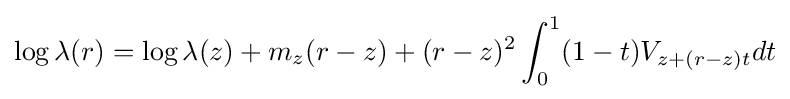
\log \lambda (r)=\log \lambda (z)+m_{z}(r-z)+(r-z)^{2}\int _{0}^{1}(1-t)V_{z+(r-z)t}dt